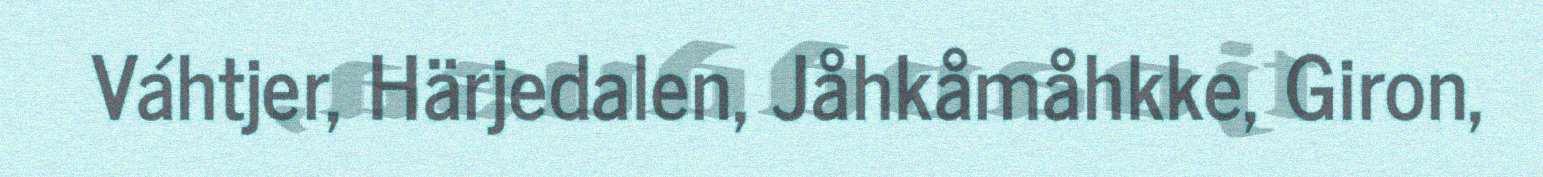
Váhtjer, Härjedalen, Jåhkåmåhkke, Giron,